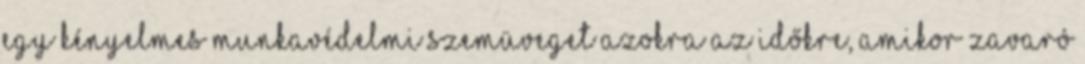
egy kényelmes munkavédelmi szemüveget azokra az időkre, amikor zavaró